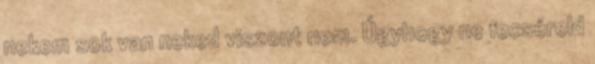
nekem sok van neked viszont nem. Úgyhogy ne fecséreld